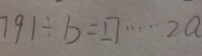
7 9 1 \div b = \square \cdots 2 a